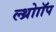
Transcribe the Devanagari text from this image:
ल्थ्रोाॉप